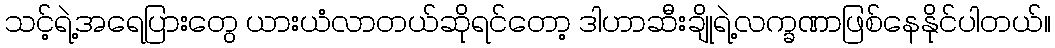
သင့်ရဲ့အရေပြားတွေ ယားယံလာတယ်ဆိုရင်တော့ ဒါဟာဆီးချိုရဲ့လက္ခဏာဖြစ်နေနိုင်ပါတယ်။